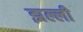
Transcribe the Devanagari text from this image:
झल्ली